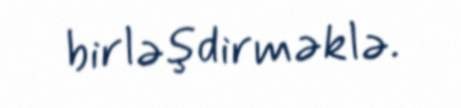
birləşdirməklə.